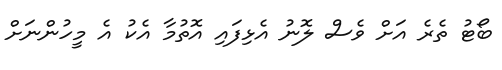
ބޯޓު ތެރެ އަށް ވެސް ލޮނު އެޅިފައި އޮތުމާ އެކު އެ މީހުންނަށް